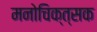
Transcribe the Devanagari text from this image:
मनोचिक्त्सक